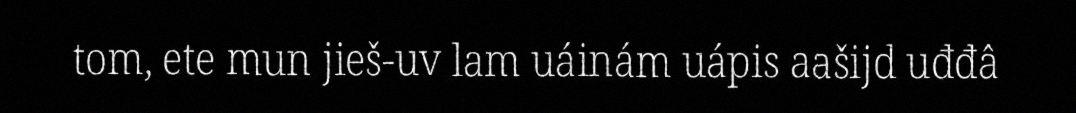
tom, ete mun jieš-uv lam uáinám uápis aašijd uđđâ